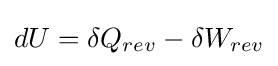
dU=\delta Q_{rev}-\delta W_{rev}